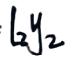
$l_{2}y_{2}$